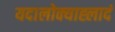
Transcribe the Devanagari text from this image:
यदालोक्याह्लादं